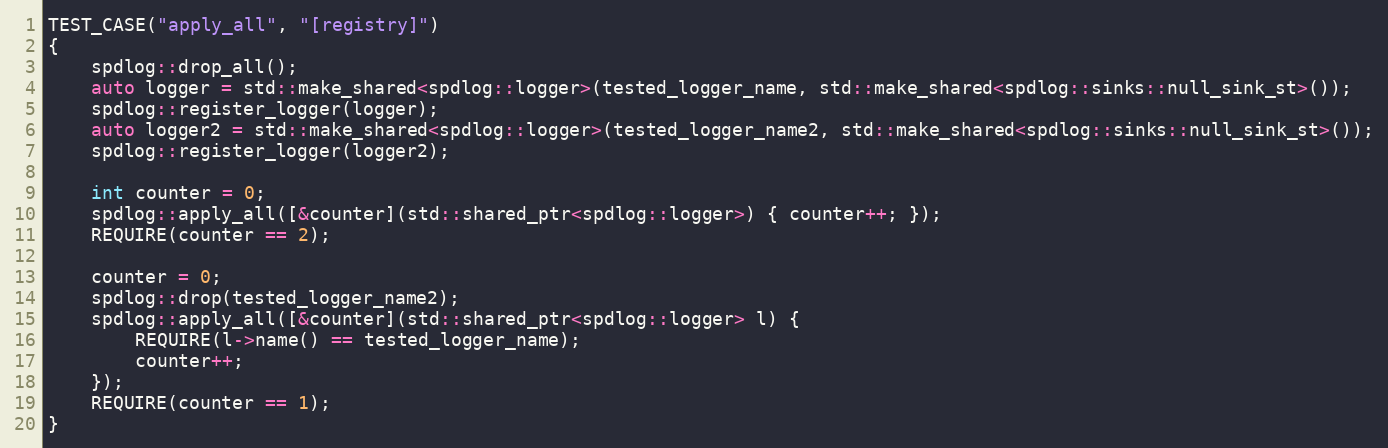
Language: C++
TEST_CASE("apply_all", "[registry]")
{
    spdlog::drop_all();
    auto logger = std::make_shared<spdlog::logger>(tested_logger_name, std::make_shared<spdlog::sinks::null_sink_st>());
    spdlog::register_logger(logger);
    auto logger2 = std::make_shared<spdlog::logger>(tested_logger_name2, std::make_shared<spdlog::sinks::null_sink_st>());
    spdlog::register_logger(logger2);

    int counter = 0;
    spdlog::apply_all([&counter](std::shared_ptr<spdlog::logger>) { counter++; });
    REQUIRE(counter == 2);

    counter = 0;
    spdlog::drop(tested_logger_name2);
    spdlog::apply_all([&counter](std::shared_ptr<spdlog::logger> l) {
        REQUIRE(l->name() == tested_logger_name);
        counter++;
    });
    REQUIRE(counter == 1);
}